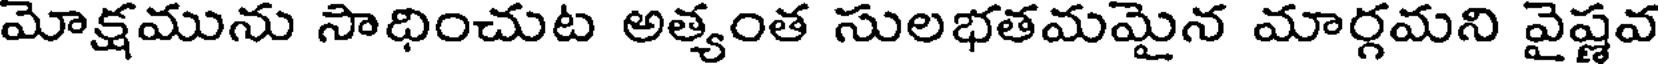
మోక్షమును సాధించుట అత్యంత సులభతమమైన మార్గమని వైష్ణవ